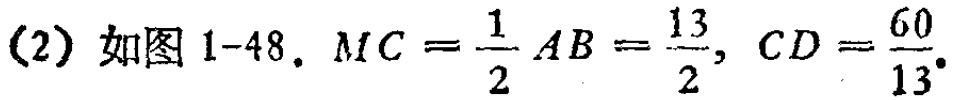
(2) 如图 1-48. $MC = \frac{1}{2}AB=\frac{13}{2}, CD = \frac{60}{13}.$